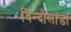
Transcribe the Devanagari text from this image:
विन्दोलांडा